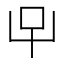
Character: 𱒅